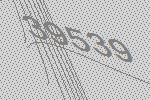
39539